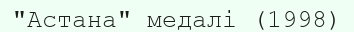
"Астана" медалі (1998)